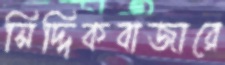
সিদ্দিকবাজারে